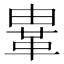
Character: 𩊄